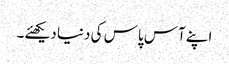
اپنے آس پاس کی دنیا دیکھئے۔